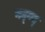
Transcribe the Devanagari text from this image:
गद्‍गद्